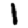
Digit: 1